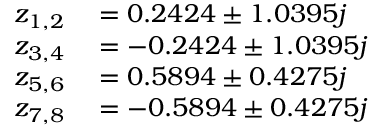
\begin{array} { r l } { z _ { 1 , 2 } } & { { } = 0 . 2 4 2 4 \pm 1 . 0 3 9 5 j } \\ { z _ { 3 , 4 } } & { { } = - 0 . 2 4 2 4 \pm 1 . 0 3 9 5 j } \\ { z _ { 5 , 6 } } & { { } = 0 . 5 8 9 4 \pm 0 . 4 2 7 5 j } \\ { z _ { 7 , 8 } } & { { } = - 0 . 5 8 9 4 \pm 0 . 4 2 7 5 j } \end{array}